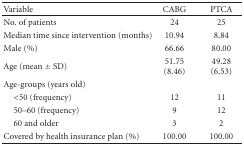
<table><thead><tr><td><b>Variable</b></td><td><b>CABG</b></td><td><b>PTCA</b></td></tr></thead><tbody><tr><td>No. of patients</td><td>24</td><td>25</td></tr><tr><td>Median time since intervention (months)</td><td>10.94</td><td>8.84</td></tr><tr><td>Male (%)</td><td>66.66</td><td>80.00</td></tr><tr><td>Age (mean ± SD)</td><td>51.75 (8.46)</td><td>49.28 (6.53)</td></tr><tr><td>Age-groups (years old)</td><td></td><td></td></tr><tr><td> &lt;50 (frequency)</td><td>12</td><td>11</td></tr><tr><td> 50–60 (frequency)</td><td>9</td><td>12</td></tr><tr><td> 60 and older</td><td>3</td><td>2</td></tr><tr><td>Covered by health insurance plan (%)</td><td>100.00</td><td>100.00</td></tr></tbody></table>